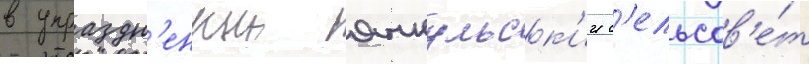
в упраздн'енныи янкульск'ии с'ельсов'е́т